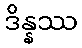
ဒိန္နဿ